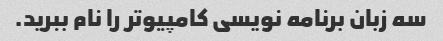
سه زبان برنامه نویسی کامپیوتر را نام ببرید.